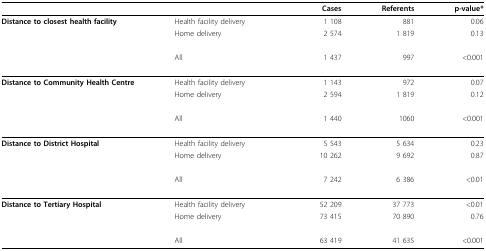
<table><thead><tr><td></td><td></td><td><b>Cases</b></td><td><b>Referents</b></td><td><b>p-value*</b></td></tr></thead><tbody><tr><td><b>Distance to closest health facility</b></td><td>Health facility delivery</td><td>1 108</td><td>881</td><td>0.06</td></tr><tr><td></td><td>Home delivery</td><td>2 574</td><td>1 819</td><td>0.13</td></tr><tr><td></td><td>All</td><td>1 437</td><td>997</td><td>&lt;0.001</td></tr><tr><td><b>Distance to Community Health Centre</b></td><td>Health facility delivery</td><td>1 143</td><td>972</td><td>0.07</td></tr><tr><td></td><td>Home delivery</td><td>2 594</td><td>1 819</td><td>0.12</td></tr><tr><td></td><td>All</td><td>1 440</td><td>1060</td><td>&lt;0.001</td></tr><tr><td><b>Distance to District Hospital</b></td><td>Health facility delivery</td><td>5 543</td><td>5 634</td><td>0.23</td></tr><tr><td></td><td>Home delivery</td><td>10 262</td><td>9 692</td><td>0.87</td></tr><tr><td></td><td>All</td><td>7 242</td><td>6 386</td><td>&lt;0.01</td></tr><tr><td><b>Distance to Tertiary Hospital</b></td><td>Health facility delivery</td><td>52 209</td><td>37 773</td><td>&lt;0.01</td></tr><tr><td></td><td>Home delivery</td><td>73 415</td><td>70 890</td><td>0.76</td></tr><tr><td></td><td>All</td><td>63 419</td><td>41 635</td><td>&lt;0.001</td></tr></tbody></table>